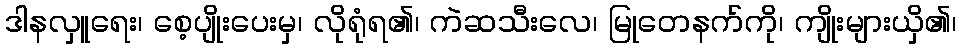
ဒါနလှူရေး၊ စေ့ပျိုးပေးမှ၊ လိုရုံရ၏၊ ကဲဆသီးလေ၊ မြုတေနက်ကို၊ ကျိုးများယှိ၏၊